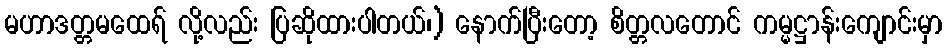
မဟာဒတ္တမထေရ် လို့လည်း ပြဆိုထားပါတယ်၊) နောက်ပြီးတော့ စိတ္တလတောင် ကမ္မဋ္ဌာန်းကျောင်းမှာ